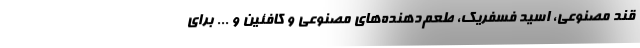
قند مصنوعی، اسید فسفریک، طعم‌دهنده‌های مصنوعی و کافئین و ... برای